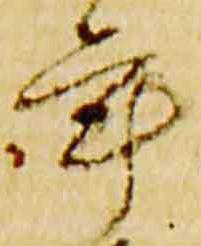
年